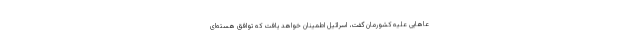
عاهایی علیه کشورمان گفت، اسرائیل اطمینان خواهد یافت که توافق هسته‌ای